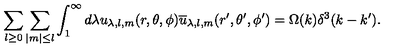
\sum _ { l \geq 0 } \sum _ { \mid m \mid \leq l } \int _ { 1 } ^ { \infty } d \lambda u _ { \lambda , l , m } ( r , \theta , \phi ) \overline { { u } } _ { \lambda , l , m } ( r ^ { \prime } , \theta ^ { \prime } , \phi ^ { \prime } ) = \Omega ( k ) \delta ^ { 3 } ( k - k ^ { \prime } ) .